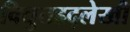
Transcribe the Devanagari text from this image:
विद्युतहृद्‌लेखी